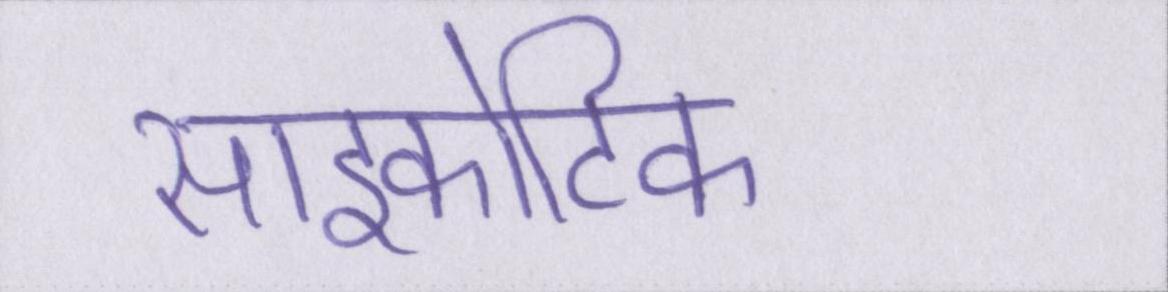
साइकोटिक